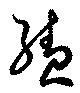
続